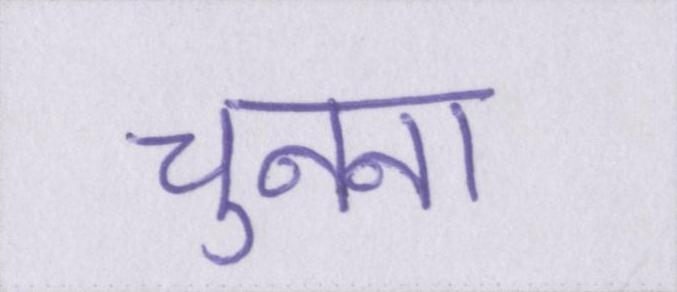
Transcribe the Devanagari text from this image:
चुनना